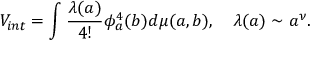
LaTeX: V _ { i n t } = \int \frac { \lambda ( a ) } { 4 ! } \phi _ { a } ^ { 4 } ( b ) d \mu ( a , b ) , \quad \lambda ( a ) \sim a ^ { \nu } .